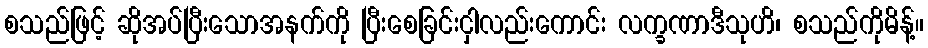
စသည်ဖြင့် ဆိုအပ်ပြီးသောအနက်ကို ပြီးစေခြင်းငှါလည်းကောင်း လက္ခဏာဒီသုဟိ၊ စသည်ကိုမိန့်။